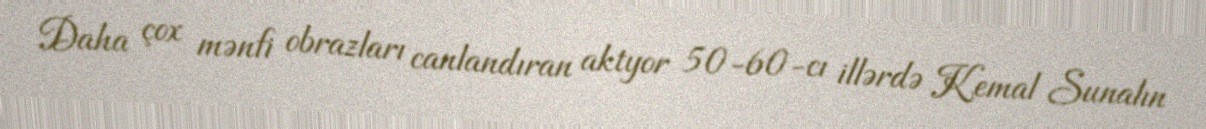
Daha çox mənfi obrazları canlandıran aktyor 50-60-cı illərdə Kemal Sunalın